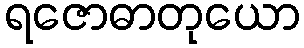
ရဇောဓာတုယော